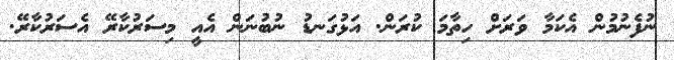
ނުފެނުމުން އެކަމާ ވަރަށް ހިތާމަ ކުރަން. އަޅުގަނޑު ނުބުނަން އެއީ މިސަރުކާރޭ އެސަރުކާރޭ.